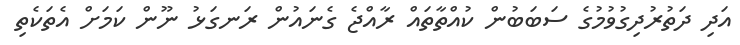
އަދި ދަތުރުދިގުވުމުގެ ސަބަބުން ކުއްތާތައް ރާއްޖެ ގެނައުން ރަނގަޅު ނޫން ކަމަށް އެތަކެތި